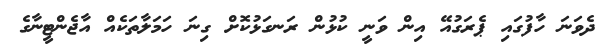
ދެވަނަ ހާފުގައި ޕެރަގުއޭ އިން ވަނީ ކުޅުން ރަނގަޅުކޮށް ގިނަ ހަމަލާތަކެއް އާޖެންޓީނާގެ